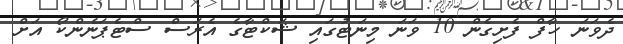
ދެވަނަ ހާފް ފެށިގެން 10 ވަނަ މިނަޓުގައި ޝަކްޓާގެ އެރަސް ސްޓެޕަނެންކޯ އަށް